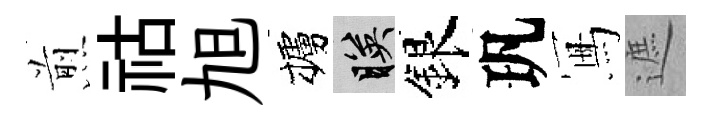
煎祜旭櫨映銀㺬冩遮